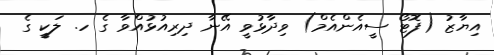
އިޔާޒު (ފޮޓޯ ސީއެންއެމް) ވިދާޅުވީ އޭނާ ދިރިއުޅުއްވާ ގެ ހ. ލަކީ ގެ